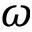
\omega